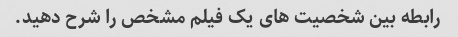
رابطه بین شخصیت های یک فیلم مشخص را شرح دهید.